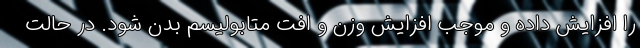
را افزایش داده و موجب افزایش وزن و افت متابولیسم بدن شود. در حالت